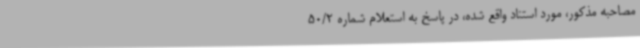
مصاحبه مذکور، مورد استناد واقع شده، در پاسخ به استعلام شماره 50/2